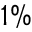
1 \%